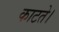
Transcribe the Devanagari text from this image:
काटते।